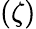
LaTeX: (\zeta)